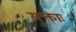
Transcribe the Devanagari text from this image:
युक्ताः